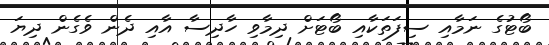
ބޯޓުގެ ނަމާއި ސިފަތަކާއި ބޯޓަށް ދިމާވި ހާދިސާ އާއި ދެން ވެގެން ދިޔަ